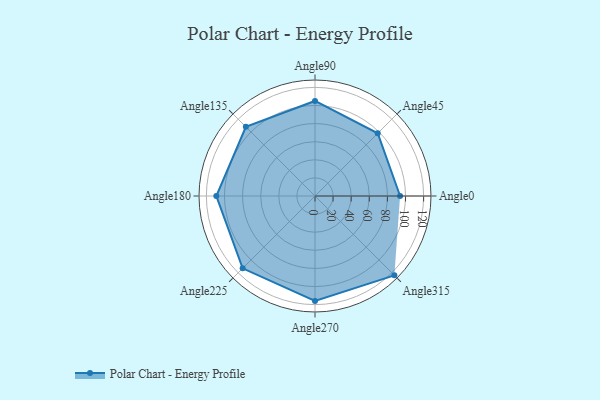
{"axis": {"x": "Angle", "y": "Radius"}, "legend": [""], "data": [{"x": "Angle0", "y": 94.0, "type": ""}, {"x": "Angle45", "y": 98.0, "type": ""}, {"x": "Angle90", "y": 105.0, "type": ""}, {"x": "Angle135", "y": 108.0, "type": ""}, {"x": "Angle180", "y": 109.0, "type": ""}, {"x": "Angle225", "y": 113.0, "type": ""}, {"x": "Angle270", "y": 116.0, "type": ""}, {"x": "Angle315", "y": 124.0, "type": ""}]}